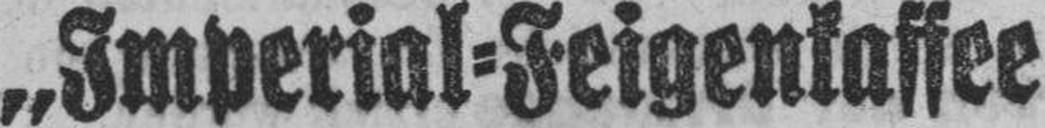
„Imperial=Feigenkaffee